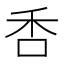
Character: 㕿